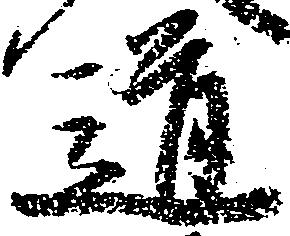
道